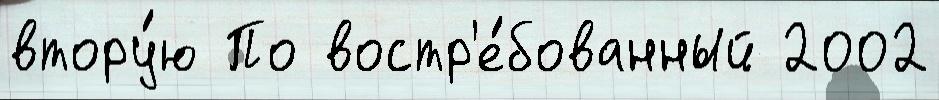
втору́ю По востр'е́бованный 2002